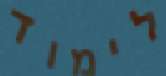
לימוד